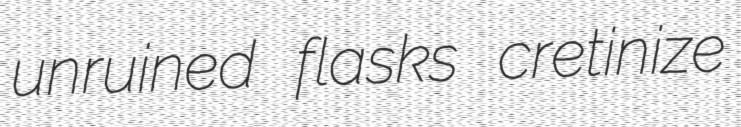
unruined flasks cretinize